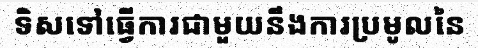
ទិសទៅធ្វើការជាមួយនឹងការប្រមូលនៃ